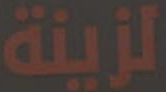
الزينة